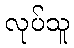
လုပ်သူ